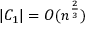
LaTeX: | C _ { 1 } | = O ( n ^ { \frac { 2 } { 3 } } )